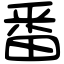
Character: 番